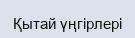
Қытай үңгірлері